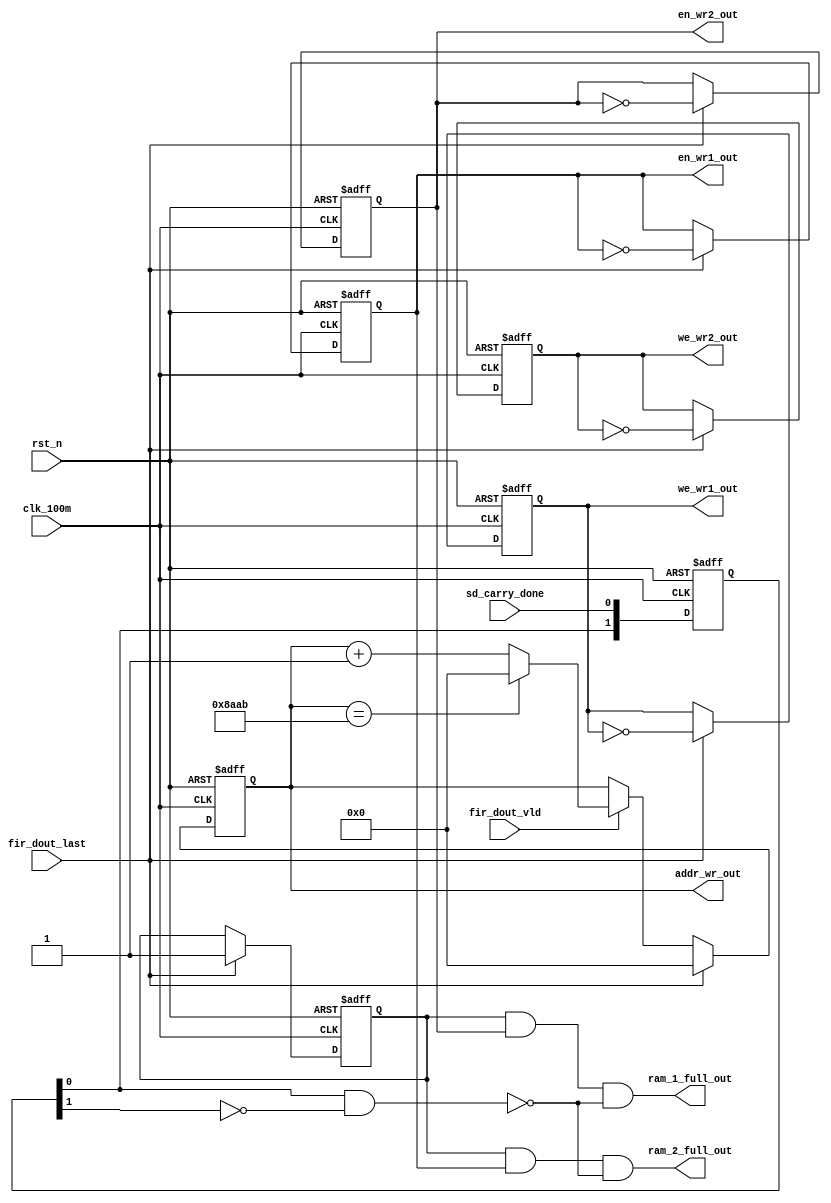
`timescale 1ns / 1ps
//////////////////////////////////////////////////////////////////////////////////
// Company: 
// Engineer: 
// 
// Design Name: 
// Module Name: ps_ram_wr_ctrl
// Project Name: 
// Target Devices: 
// Tool Versions: 
// Description: 
// 
// Dependencies: 
// 
// Revision:
// Revision 0.01 - File Created
// Additional Comments:
// 
//////////////////////////////////////////////////////////////////////////////////


module ps_ram_wr_ctrl(
    input               clk_100m,                  //100m
    input               rst_n,
    //input from fir
    input               fir_dout_vld,            //FIR
    input               fir_dout_last,           
    // input from ps
    input               sd_carry_done,
    //output to ps_ram
    output wire         we_wr1_out,we_wr2_out,
    output wire         en_wr1_out,en_wr2_out,
    output wire [15:0]  addr_wr_out,
    output wire         ram_1_full_out,ram_2_full_out   
    );
    //__________________________________________________________________________________
    reg [15:0] addr_wr;
    reg we_wr1,we_wr2;
    reg en_wr1,en_wr2;
    assign we_wr1_out = we_wr1;
    assign we_wr2_out = we_wr2;
    assign en_wr1_out =en_wr1;
    assign en_wr2_out = en_wr2;
    assign addr_wr_out = addr_wr;
    //_________________________________wr_contol_________________________________________
    //en
    always @ (posedge clk_100m or negedge rst_n)
    begin
        if(!rst_n)
        begin                       
            en_wr1 <= 1'b1;we_wr1 <= 1'b1;
            en_wr2 <= 1'b0;we_wr2 <= 1'b0;
        end
        else if (fir_dout_last == 1'b1) 
        begin
            en_wr1 <= ~en_wr1; we_wr1 <= ~we_wr1;
            en_wr2 <= ~en_wr2; we_wr2 <= ~we_wr2;
        end
        else
        begin
            en_wr1 <= en_wr1; we_wr1 <= we_wr1;
            en_wr2 <= en_wr2; we_wr2 <= we_wr2;
        end                           
    end
    //_________________________________wr_addr_______________________________________
    always @ (posedge clk_100m or negedge rst_n)
    begin
        if(!rst_n)                              addr_wr = 16'b0;
        else if (fir_dout_last == 1'b1)         addr_wr <= 1'b0;
        else if (fir_dout_vld == 1'b1)          
        begin
            if (addr_wr == 35499)               addr_wr <= 1'b0;
            else                                addr_wr <= addr_wr + 1'b1;
        end
        else                                    addr_wr <= addr_wr;
    end
    //________________________________ready__________________________________________
    reg [1:0] sd_carry_done_flag;
    wire sd_carry_done_pos;
    always @ (posedge clk_100m or negedge rst_n)
    begin
        if(!rst_n)  sd_carry_done_flag <= 2'b0;
        else        sd_carry_done_flag <= {sd_carry_done_flag[0],sd_carry_done};
    end
    assign sd_carry_done_pos = sd_carry_done_flag[0] && ~sd_carry_done_flag[1];
    //________________________________BUF_FULL__________________________________________
    reg       full;
    always @ (posedge clk_100m or negedge rst_n)
    begin
        if(!rst_n)                                 full <= 1'b0;
        else if (fir_dout_last == 1'b1)            full <= 1'b1;
        else                                       full <= full;
    end
    assign ram_1_full_out = full && en_wr2 &&  ~sd_carry_done_pos;
    assign ram_2_full_out = full && en_wr1 &&  ~sd_carry_done_pos;
endmodule